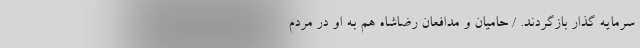
سرمایه گذار بازگردند. / حامیان و مدافعان رضا‌شاه هم به او در مردم